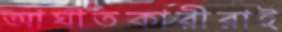
আঘাতকারীরাই